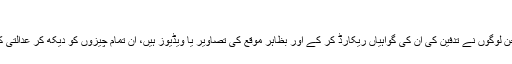
'
تاہم ان کا کہنا تھا کہ اگر ایسا ہو بھی تو 'جن لوگوں نے تدفین کی ان کی گواہیاں ریکارڈ کر کے اور بظاہر موقع کی تصاویر یا ویڈیوز ہیں، ان تمام چیزوں کو دیکھ کر عدالتی کمیشن کچھ نہ کچھ نتیجہ اخذ کر سکتا ہے۔